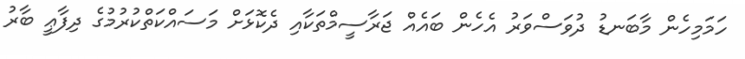
ހަމަމިހެން މާބަނޑު ދުވަސްވަރު އެހެން ބައެއް ޖަރާސީމްތަކާއި ދެކޮޅަށް މަސައްކަތްކުރުމުގެ ދިފާޢީ ބާރު